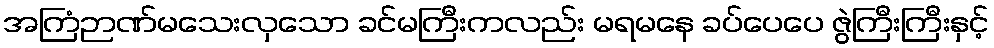
အကြံဉာဏ်မသေးလှသော ခင်မကြီးကလည်း မရမနေ ခပ်ပေပေ ဇွဲကြီးကြီးနှင့်